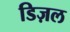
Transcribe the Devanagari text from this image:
डिज़ल